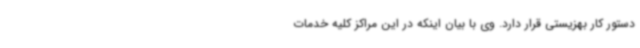
دستور کار بهزیستی قرار دارد. وی با بیان اینکه در این مراکز کلیه خدمات